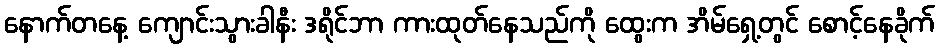
နောက်တနေ့ ကျောင်းသွားခါနီး ဒရိုင်ဘာ ကားထုတ်နေသည်ကို ထွေးက အိမ်ရှေ့တွင် စောင့်နေခိုက်